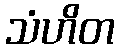
သံဟိတ